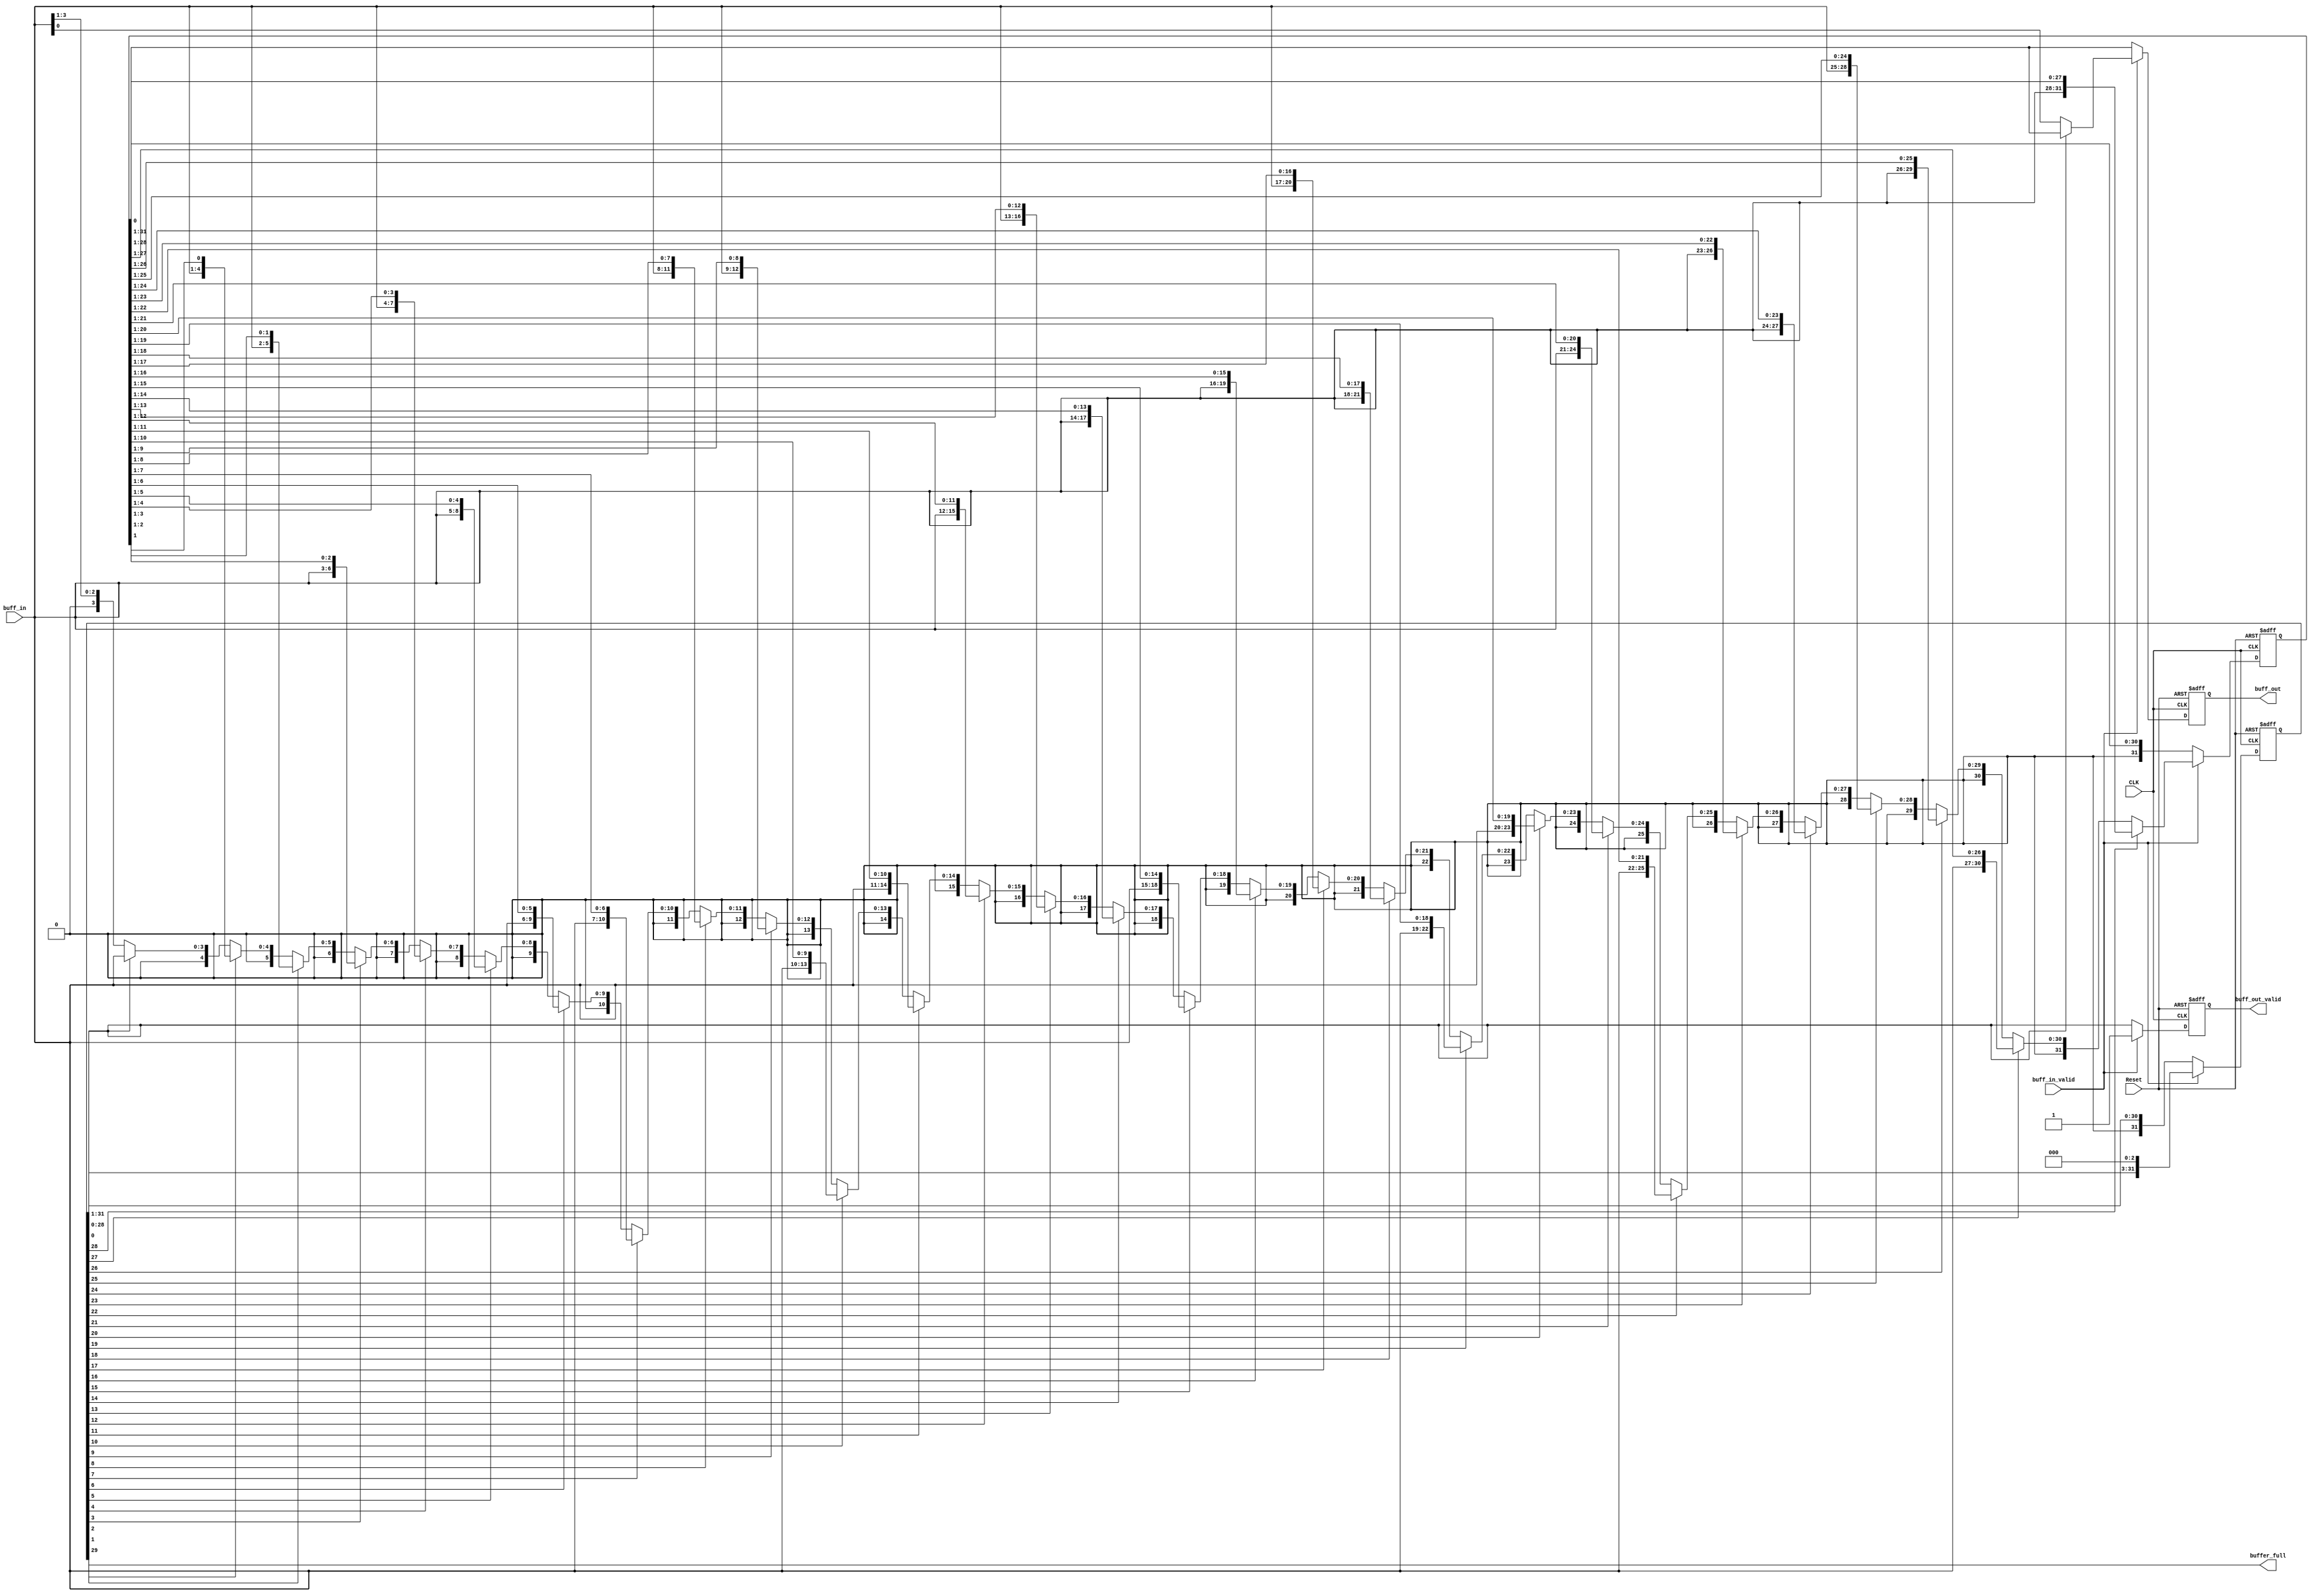
/* Copyright 2015 TREVOR DAVID BLACK
 * buffer.v
 *  buffer is designed to take the nibbles being sent from hf_decompression
 *  taking these nibbles and valids, it will then construct a buffer
 *  This buffer will shift out one bit at a time
 *  The problem with this implementation is that the buffer can fill up
 *  This is caused by 4 bits entering when 1 bit is shifted out
 * The elegant solution to this problem is to also shift out 4 bits at a time
 * This elegant solution reduces the buffer to meaninglessness
 * So it will be deprecated from the final verilog build
*/

module buffer (
	input wire [3:0] buff_in,
	input wire       buff_in_valid,
	output reg buff_out,
	output reg buff_out_valid,

	output wire buffer_full,

	input wire CLK,
	input wire Reset
);
	

	reg [31:0] buffer_array; // Effectively a shift register
	reg [31:0] sp;           // The stack pointer is grey coded for simplicity

	assign buffer_full = sp[29]; // 4 bits beyond 29 would be an overflow

	always @ (posedge CLK or negedge Reset) begin
		if(~Reset) begin
			buffer_array <= 32'b0;
		end
		else begin
			if (buff_in_valid) begin
				buffer_array <= (sp[28]) ? ({buff_in[3:0], buffer_array[28:1]}) : (
					(sp[27]) ? ({01'b0, buff_in[3:0], buffer_array[27:1]}) :
					(sp[26]) ? ({02'b0, buff_in[3:0], buffer_array[26:1]}) :
					(sp[25]) ? ({03'b0, buff_in[3:0], buffer_array[25:1]}) :
					(sp[24]) ? ({04'b0, buff_in[3:0], buffer_array[24:1]}) :
					(sp[23]) ? ({05'b0, buff_in[3:0], buffer_array[23:1]}) :
					(sp[22]) ? ({06'b0, buff_in[3:0], buffer_array[22:1]}) :
					(sp[21]) ? ({07'b0, buff_in[3:0], buffer_array[21:1]}) :
					(sp[20]) ? ({08'b0, buff_in[3:0], buffer_array[20:1]}) :
					(sp[19]) ? ({09'b0, buff_in[3:0], buffer_array[19:1]}) :
					(sp[18]) ? ({10'b0, buff_in[3:0], buffer_array[18:1]}) :
					(sp[17]) ? ({11'b0, buff_in[3:0], buffer_array[17:1]}) :
					(sp[16]) ? ({12'b0, buff_in[3:0], buffer_array[16:1]}) :
					(sp[15]) ? ({13'b0, buff_in[3:0], buffer_array[15:1]}) :
					(sp[14]) ? ({14'b0, buff_in[3:0], buffer_array[14:1]}) :
					(sp[13]) ? ({15'b0, buff_in[3:0], buffer_array[13:1]}) :
					(sp[12]) ? ({16'b0, buff_in[3:0], buffer_array[12:1]}) :
					(sp[11]) ? ({17'b0, buff_in[3:0], buffer_array[11:1]}) :
					(sp[10]) ? ({18'b0, buff_in[3:0], buffer_array[10:1]}) :
					(sp[09]) ? ({19'b0, buff_in[3:0], buffer_array[09:1]}) :
					(sp[08]) ? ({20'b0, buff_in[3:0], buffer_array[08:1]}) :
					(sp[07]) ? ({21'b0, buff_in[3:0], buffer_array[07:1]}) :
					(sp[06]) ? ({22'b0, buff_in[3:0], buffer_array[06:1]}) :
					(sp[05]) ? ({23'b0, buff_in[3:0], buffer_array[05:1]}) :
					(sp[04]) ? ({24'b0, buff_in[3:0], buffer_array[04:1]}) :
					(sp[03]) ? ({25'b0, buff_in[3:0], buffer_array[03:1]}) :
					(sp[02]) ? ({26'b0, buff_in[3:0], buffer_array[02:1]}) :
					(sp[01]) ? ({27'b0, buff_in[3:0], buffer_array[01:1]}) :
					(sp[00]) ? ({28'b0, buff_in[3:0]}) : {29'b0, buff_in[3:1]} );
			end
			else begin
				buffer_array <= {1'b0, buffer_array[31:1]};
			end
		end
	end

	always @ (posedge CLK or negedge Reset) begin
		if(~Reset) begin
			buff_out <= 0;
			buff_out_valid <= 0;
		end
		else begin
			if(buff_in_valid) begin
				buff_out_valid <= 1'b1;
				buff_out <= (sp[0]) ? (buffer_array[0]) : (buff_in);
			end else begin
				buff_out_valid <= sp[0];
				buff_out <= buffer_array[0];
			end
		end
	end	

	always @ (posedge CLK or negedge Reset) begin
		if(~Reset) begin
			sp <= 32'b0;
		end
		else begin
			if(buff_in_valid) begin
				sp <= {sp[28:0] ,3'b0};
			end
			else begin
				sp <= {1'b0, sp[31:1]};
			end
		end
	end	


endmodule